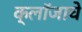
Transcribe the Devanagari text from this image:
क्लॉजाचे